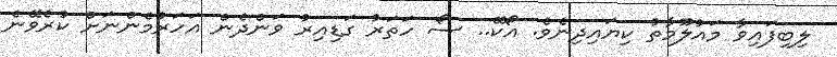
ލިބިފައިވާ މައުލޫމާތު ކިޔައިދިނެވެ. އޯކޭ.. ސޯ ހަތަރު ގަޑިއިރު ވަންދެން އަހަރުމެންނަށް ކުރެވޭނެ